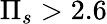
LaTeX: \Pi_{s}>2.6